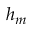
h _ { m }